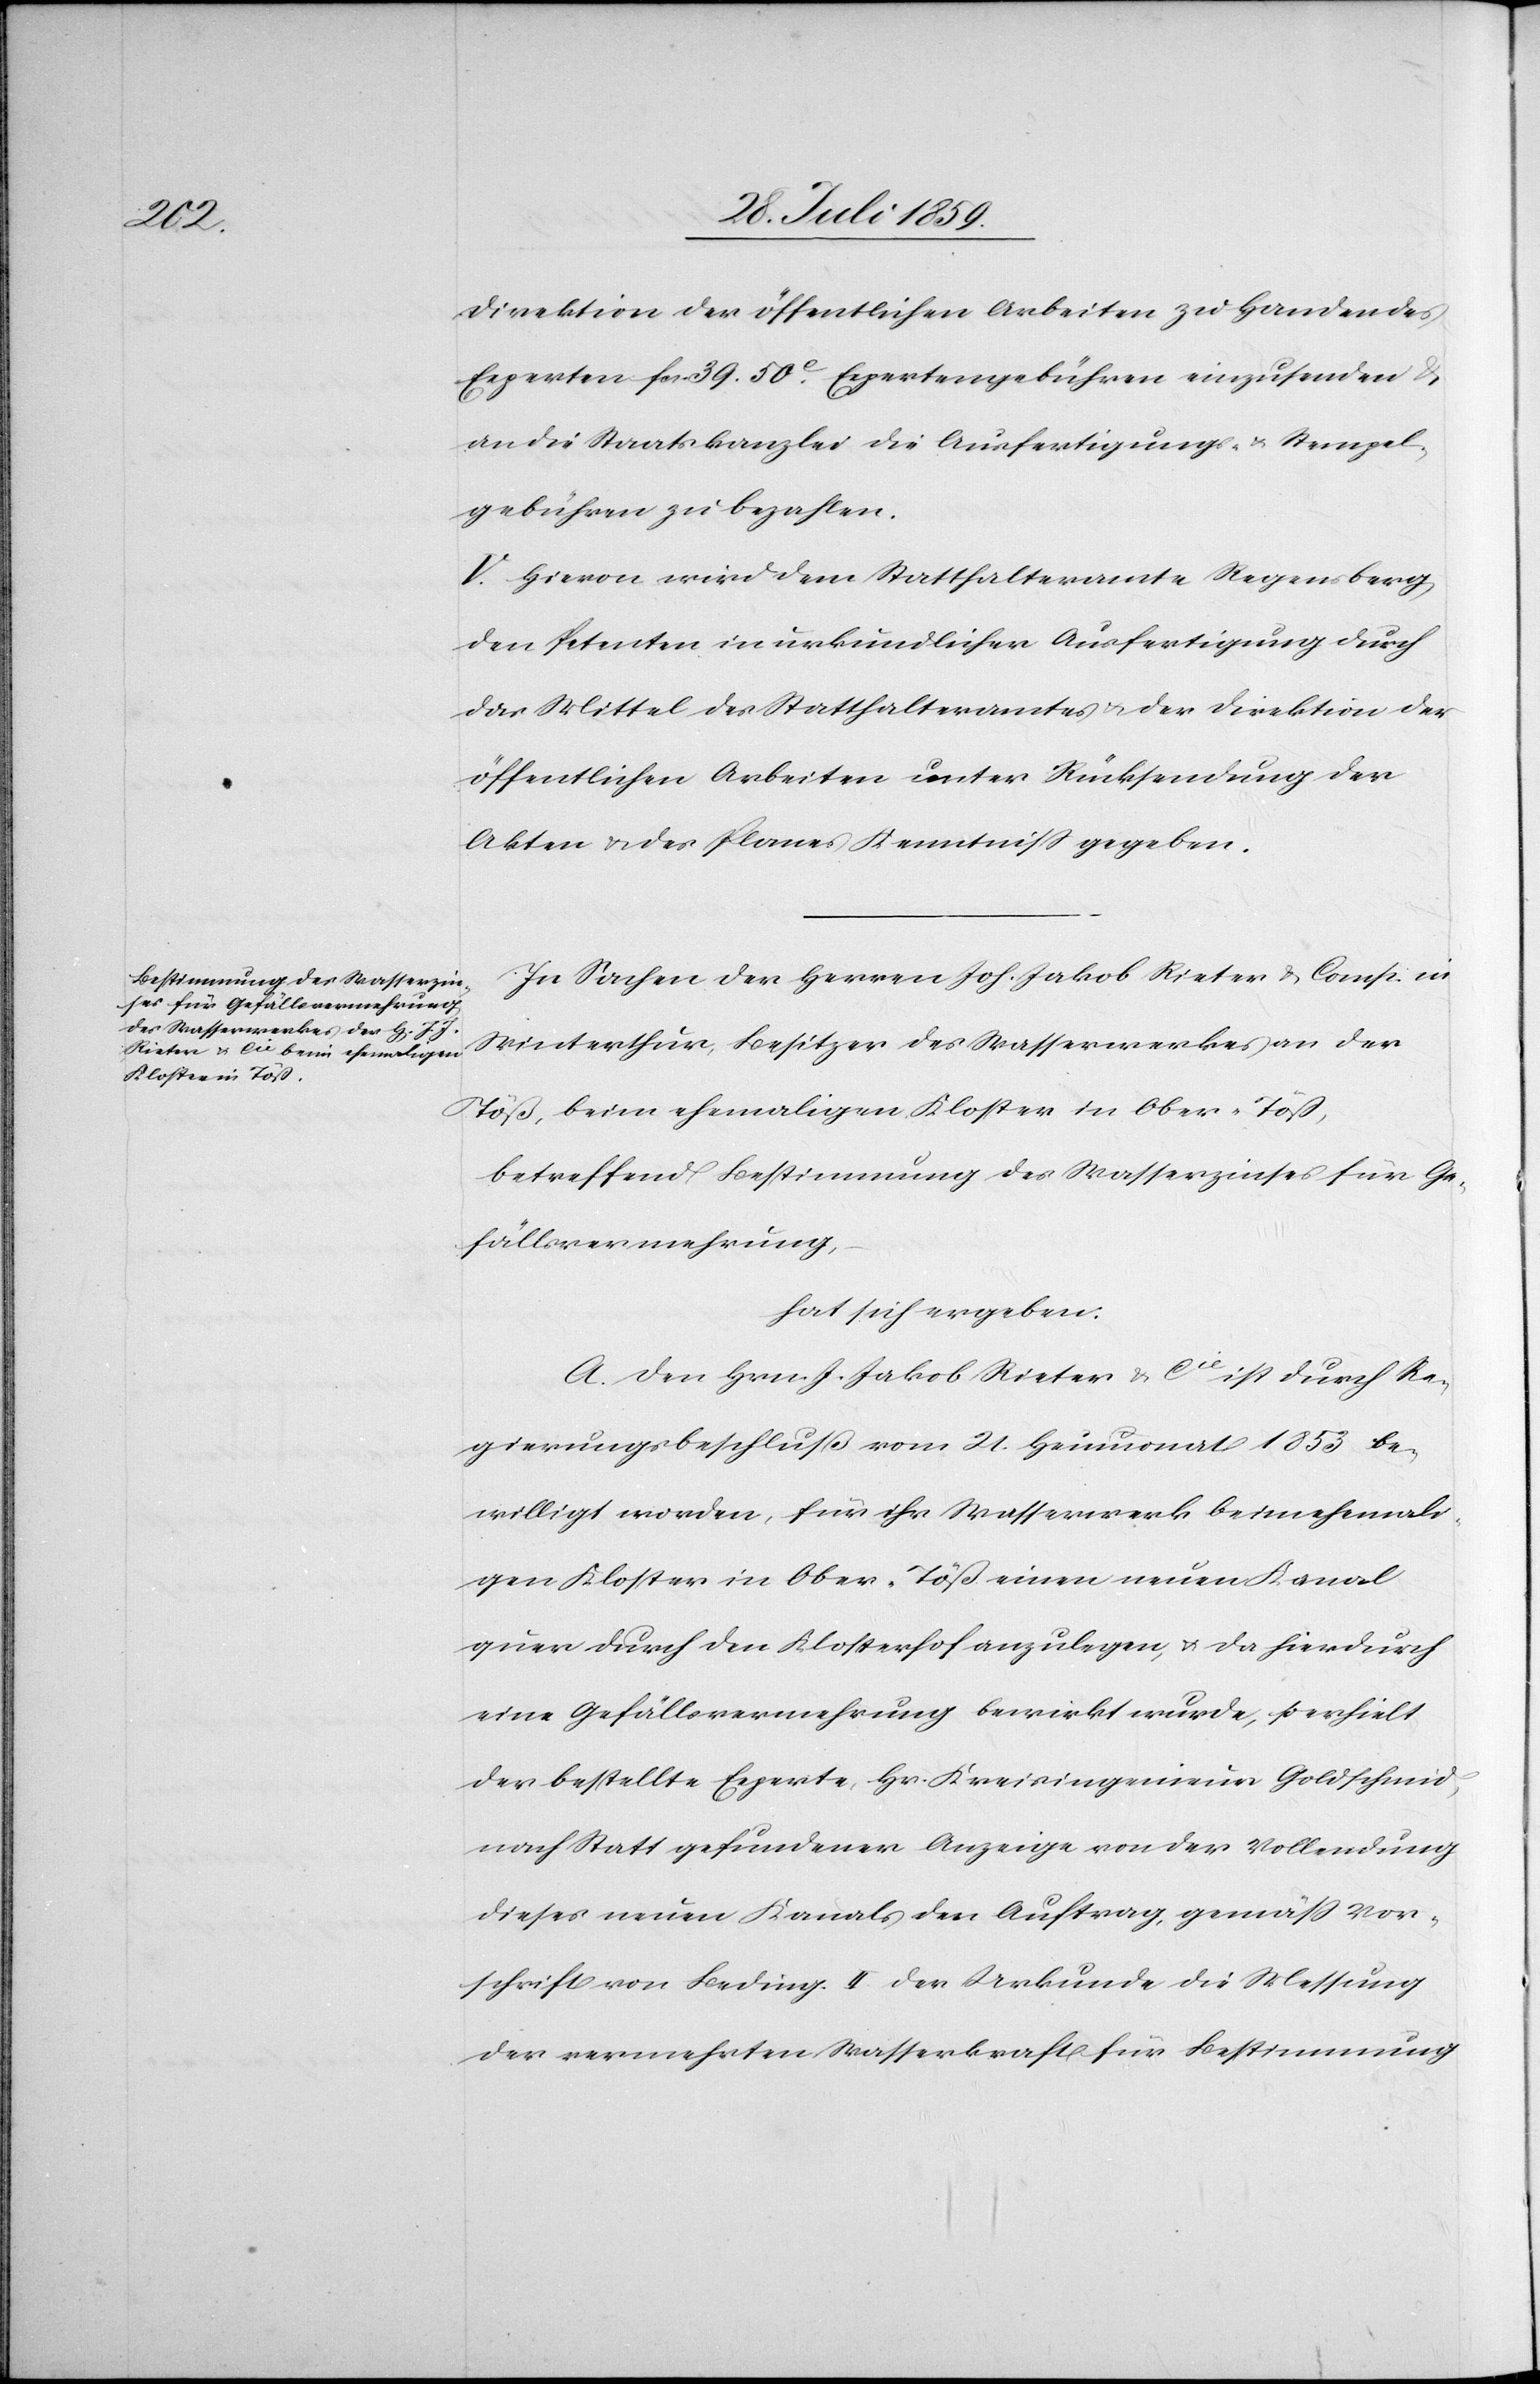
Direktion der öffentlichen Arbeiten zu Handen des
Experten fcs 39.50c. Expertengebühren einzusenden u.
an die Staatskanzlei die Ausfertigungs- u. Stempel¬
gebühren zu bezahlen.
V. Hievon wird dem Statthalteramte Regensberg
den Petenten in urkundlicher Ausfertigung durch
das Mittel des Statthalteramtes u. der Direktion der
öffentlichen Arbeiten unter Rücksendung der
Akten u. des Planes Kenntniß gegeben.
In Sachen der Herren Joh. Jakob Rieter & Cons. in
Töß, beim ehemaligen Kloster in Ober-Töß,
betreffend Bestimmung des Wasserzinses für Ge¬
fällsvermehrung,
hat sich ergeben:
A. Den Hrn. J. Jakob Rieter & Cie. ist durch Re¬
gierungsbeschluß vom 21. Heumonat 1853 be¬
willigt worden, für ihr Wasserwerk beim ehemali¬
gen Kloster in Ober-Töß einen neuen Kanal
quer durch den Klosterhof anzulegen, u. da hierdurch
eine Gefällsvermehrung bewirkt wurde, so erhielt
der bestellte Experte, Hr. Kreisingenieur Goldschmid,
nach Statt gefundener Anzeige von der Vollendung
dieses neuen Kanals den Auftrag, gemäß Vor¬
schrift von Beding. II der Urkunde die Messung
der vermehrten Wasserkraft für Bestimmung